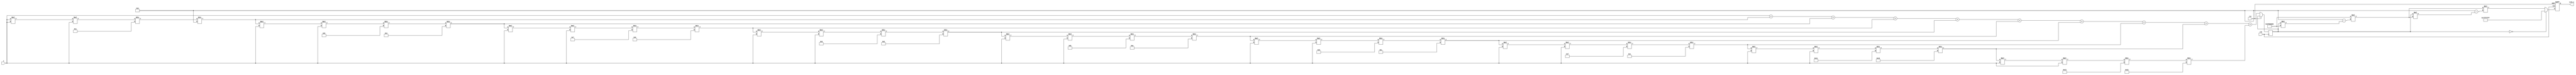
module csch(
    input wire signed [31:0] x,          // Input x (fixed-point representation)
    output reg signed [31:0] csch_x,     // Output csch(x)
    input wire clk,
    input wire rst
);

    // Internal signals
    reg signed [31:0] sinh_x;
    reg signed [31:0] reciprocal;
    reg valid;

    // Parameters for fixed-point representation
    parameter FIXED_POINT_FRACTIONAL_BITS = 16;
    parameter MAX_VALUE = 32'h7FFFFFFF; // Maximum representable value
    parameter MIN_VALUE = 32'h80000000; // Minimum representable value

    // Function to compute sinh(x) using Taylor series approximation
    function signed [31:0] sinh;
        input signed [31:0] x;
        reg signed [31:0] term;
        reg signed [31:0] sum;
        integer i;
        begin
            sum = x; // Start with the first term
            term = x; // Initialize term
            for (i = 1; i < 10; i = i + 1) begin
                term = (term * x * x) / (i * 2 + 1) / (i * 2); // Calculate next term
                sum = sum + term; // Add term to sum
            end
            sinh = sum; // Return the result
        end
    endfunction

    // Function to compute reciprocal using Newton-Raphson method
    function signed [31:0] reciprocal_func;
        input signed [31:0] value;
        reg signed [31:0] approx;
        begin
            if (value == 0) begin
                reciprocal_func = MAX_VALUE; // Handle division by zero
            end else begin
                approx = 32'h3F800000; // Initial approximation for 1.0
                approx = approx * (2 - value * approx); // Newton-Raphson iteration
                approx = approx * (2 - value * approx); // Second iteration for better accuracy
                reciprocal_func = approx;
            end
        end
    endfunction

    // Main computation block
    always @(posedge clk or posedge rst) begin
        if (rst) begin
            csch_x <= 32'b0;
            valid <= 1'b0;
        end else begin
            sinh_x <= sinh(x); // Compute sinh(x)
            if (sinh_x == 0) begin
                csch_x <= MAX_VALUE; // Handle sinh(x) = 0 case
            end else begin
                csch_x <= reciprocal_func(sinh_x); // Compute csch(x) = 1/sinh(x)
            end
            valid <= 1'b1; // Indicate valid output
        end
    end

endmodule